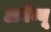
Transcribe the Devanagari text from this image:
अवेन्यू